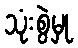
သုံးစွဲမှု